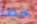
خطأ